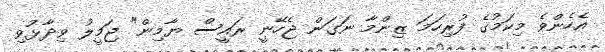
އެހެންވެ މިކަމުގެ ފުރިހަމަ ޒިންމާ ނަގަން ޖެހޭނީ ރައީސް ޔާމިން" ޖަމީލު ވިދާޅުވި